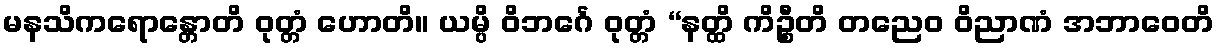
မနသိကရောန္တောတိ ဝုတ္တံ ဟောတိ။ ယမ္ပိ ဝိဘင်္ဂေ ဝုတ္တံ “နတ္ထိ ကိဉ္စီတိ တညေဝ ဝိညာဏံ အဘာဝေတိ